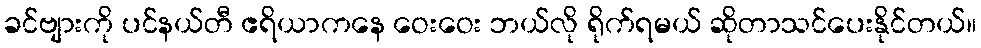
ခင်ဗျားကို ပင်နယ်တီ ဧရိယာကနေ ဝေးဝေး ဘယ်လို ရိုက်ရမယ် ဆိုတာသင်ပေးနိုင်တယ်။